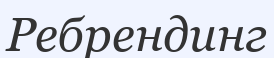
Ребрендинг